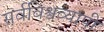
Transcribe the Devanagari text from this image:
सर्वविश्वव्यापी